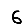
Digit: 6